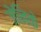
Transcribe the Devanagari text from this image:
जेनिके